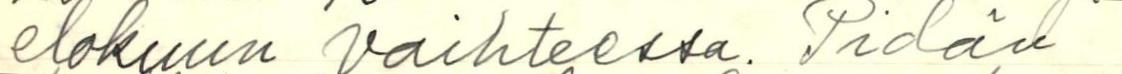
elokuun vaihteessa. Pidän